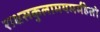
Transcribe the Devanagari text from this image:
राक्षसकुलामयमर्महेतो